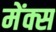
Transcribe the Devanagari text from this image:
मेंक्स